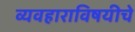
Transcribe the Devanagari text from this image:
व्यवहाराविषयीचे